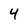
Character: 4